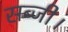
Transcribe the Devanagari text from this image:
सब्जी।